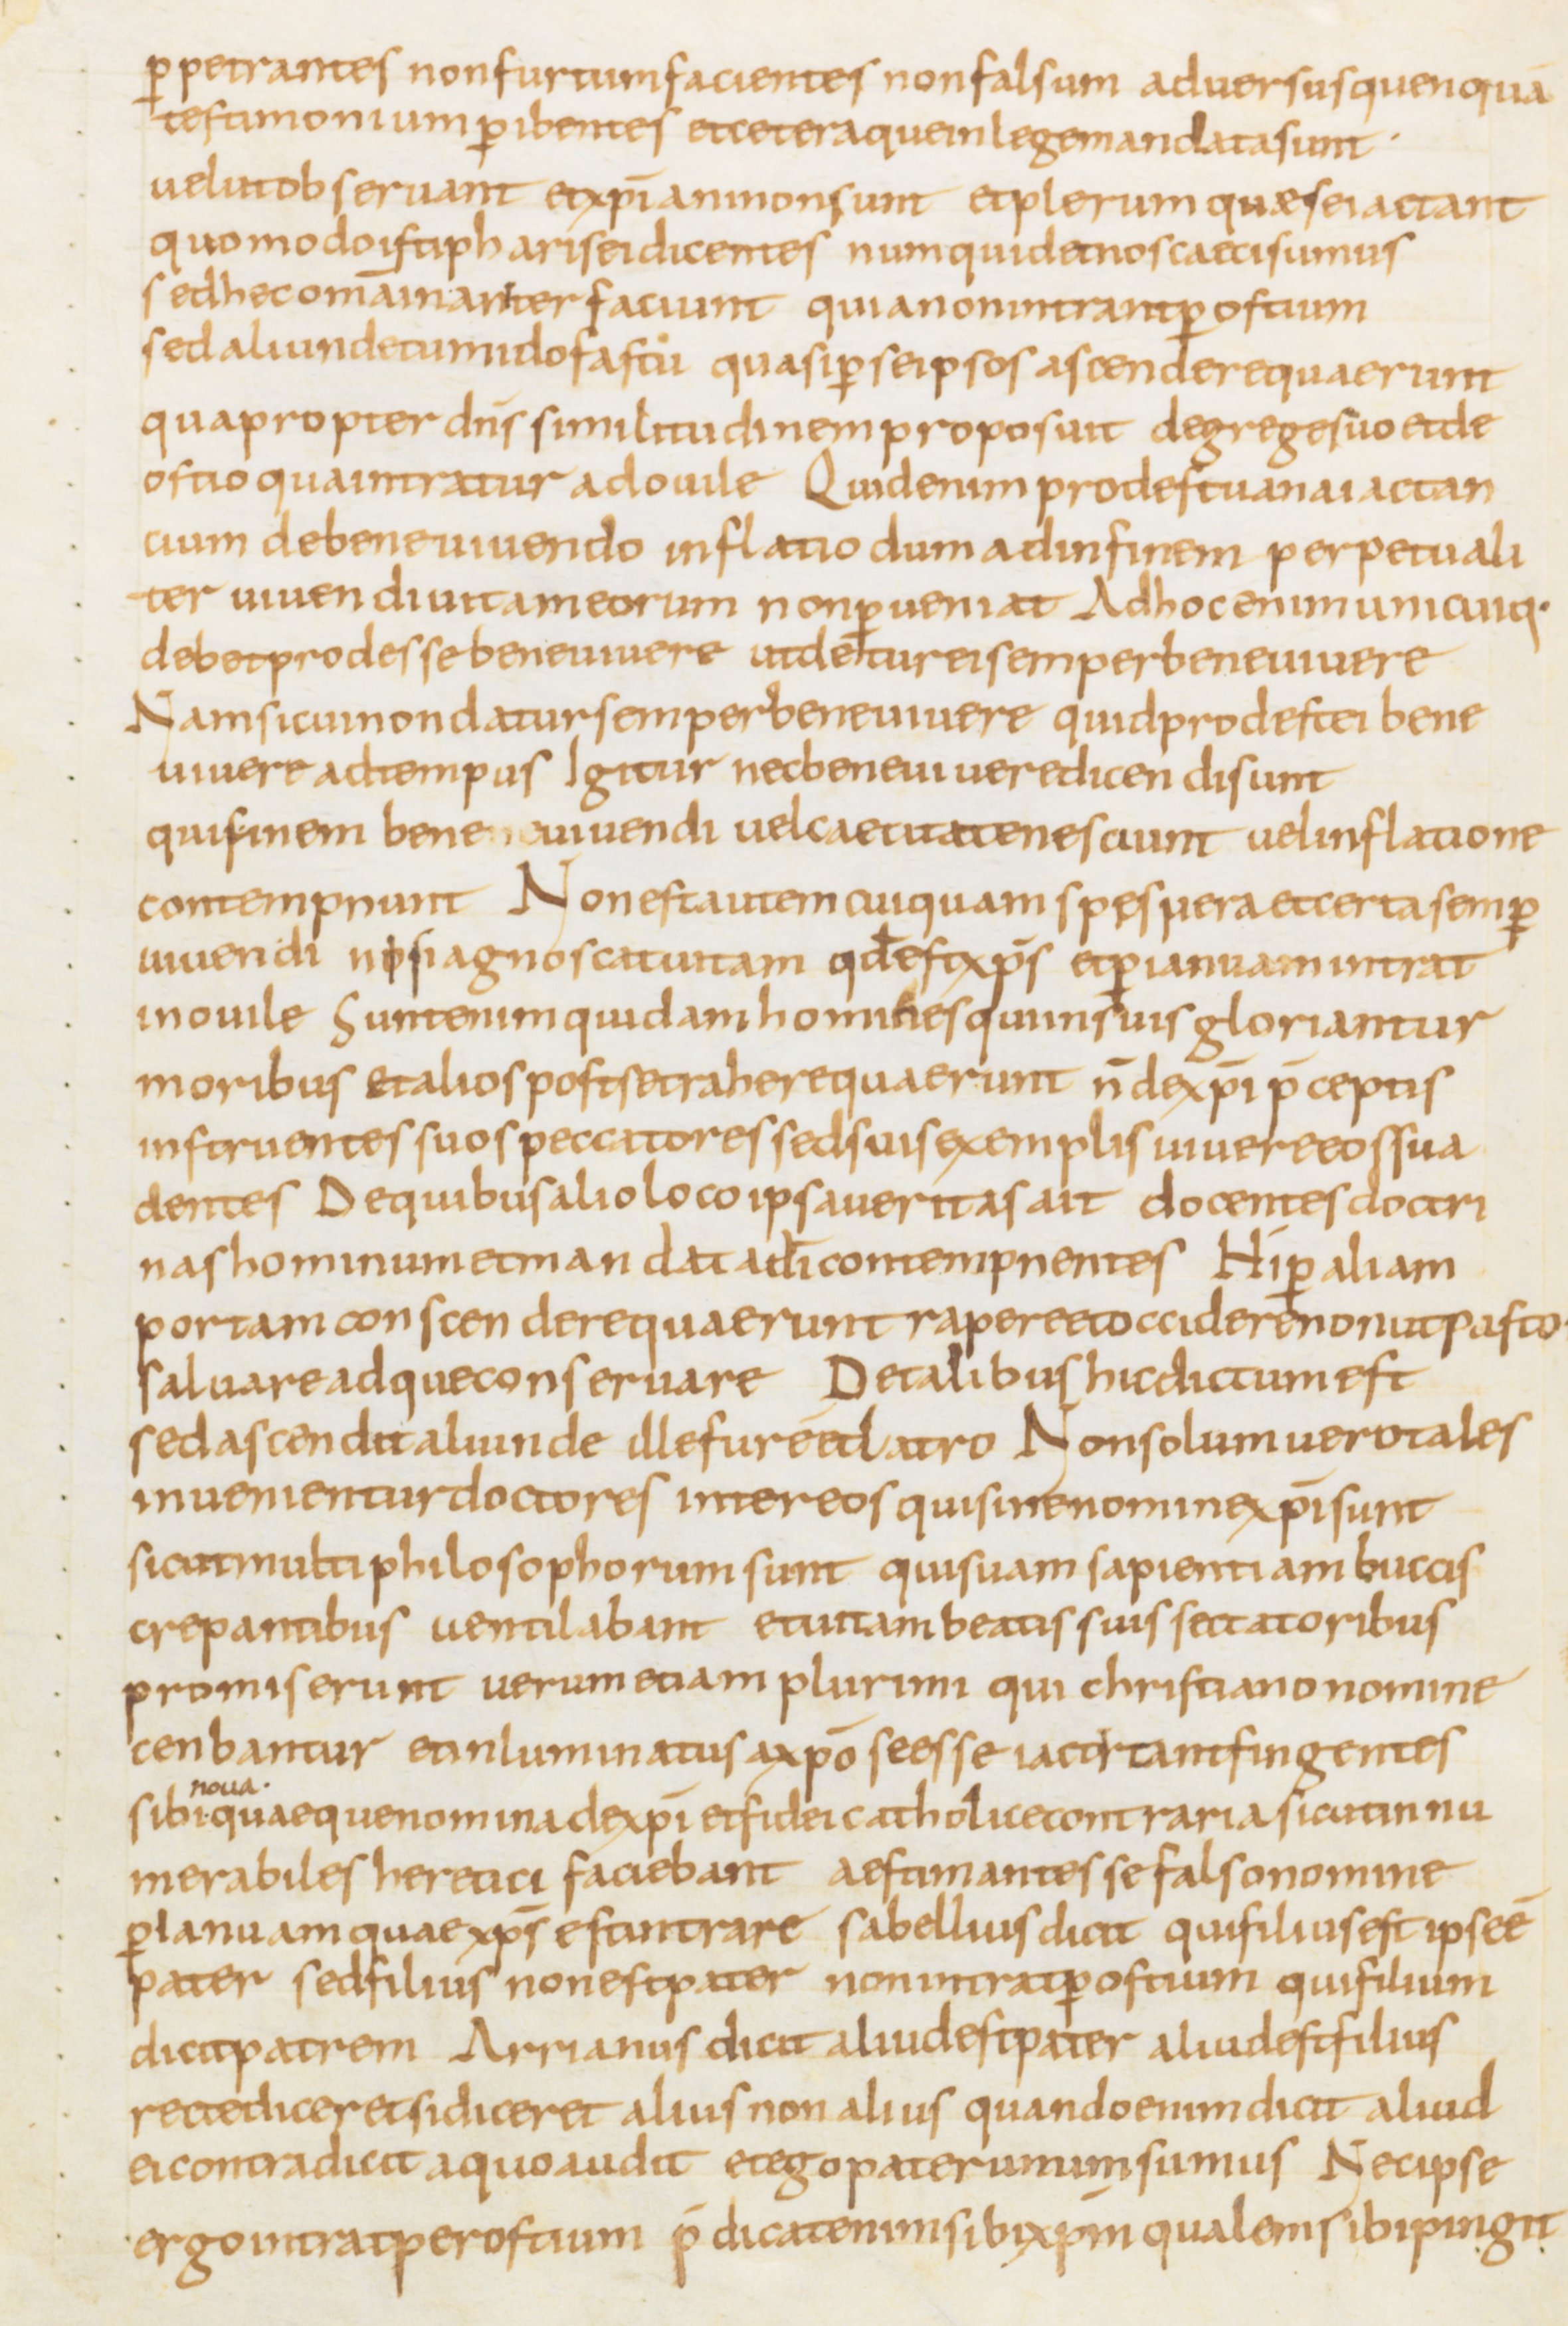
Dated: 800–899